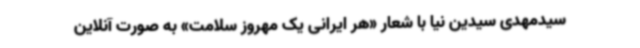
سیدمهدی سیدین نیا با شعار «هر ایرانی یک مهروز سلامت» به صورت آنلاین